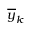
\overline { { y } } _ { k }